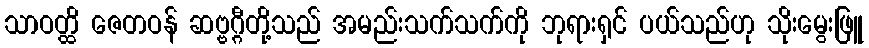
သာဝတ္ထိ ဇေတဝန် ဆဗ္ဗဂ္ဂီတို့သည် အမည်းသက်သက်ကို ဘုရားရှင် ပယ်သည်ဟု သိုးမွေးဖြူ